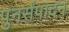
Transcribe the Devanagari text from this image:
पुनर्संपादन